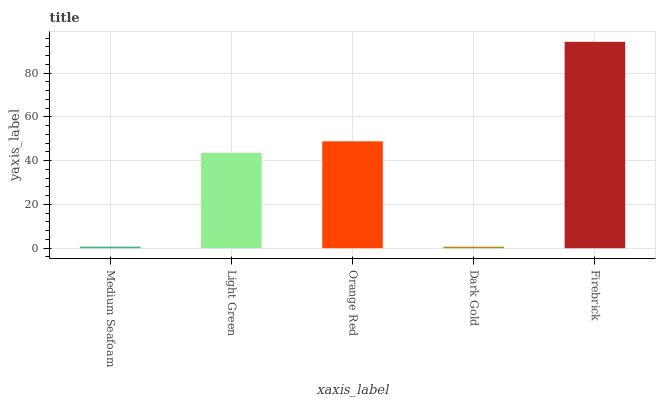
| xaxis_label | bars |
 | --- | --- |
 | Medium Seafoam | 0.702 |
 | Light Green | 43.6 |
 | Orange Red | 48.9 |
 | Dark Gold | 0.69 |
 | Firebrick | 94.3 |